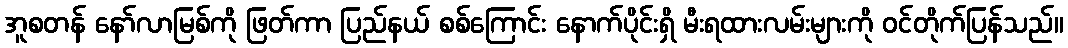
အူစတန် နော်လာမြစ်ကို ဖြတ်ကာ ပြည်နယ် စစ်ကြောင်း နောက်ပိုင်းရှိ မီးရထားလမ်းများကို ဝင်တိုက်ပြန်သည်။